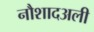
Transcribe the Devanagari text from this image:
नौशादअली